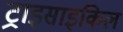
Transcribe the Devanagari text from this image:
ट्राइसाइकिल